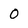
Character: O